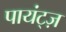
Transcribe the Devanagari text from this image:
पायंट्ज़